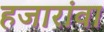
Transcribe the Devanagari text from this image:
हजारांवा